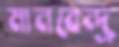
মানবেন্দ্র